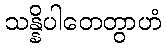
သန္နိပါတေတွာဟံ